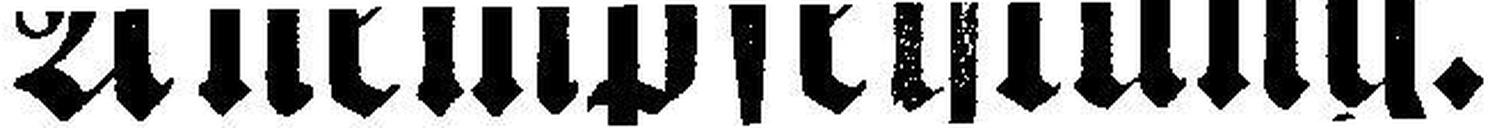
Anempfehlung.